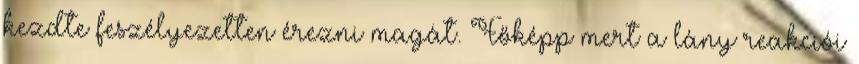
kezdte feszélyezetten érezni magát. Főképp mert a lány reakciói